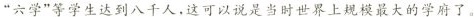
”六学”等学生达到八千人，这可以说是当时世界上规模最大的学府了。